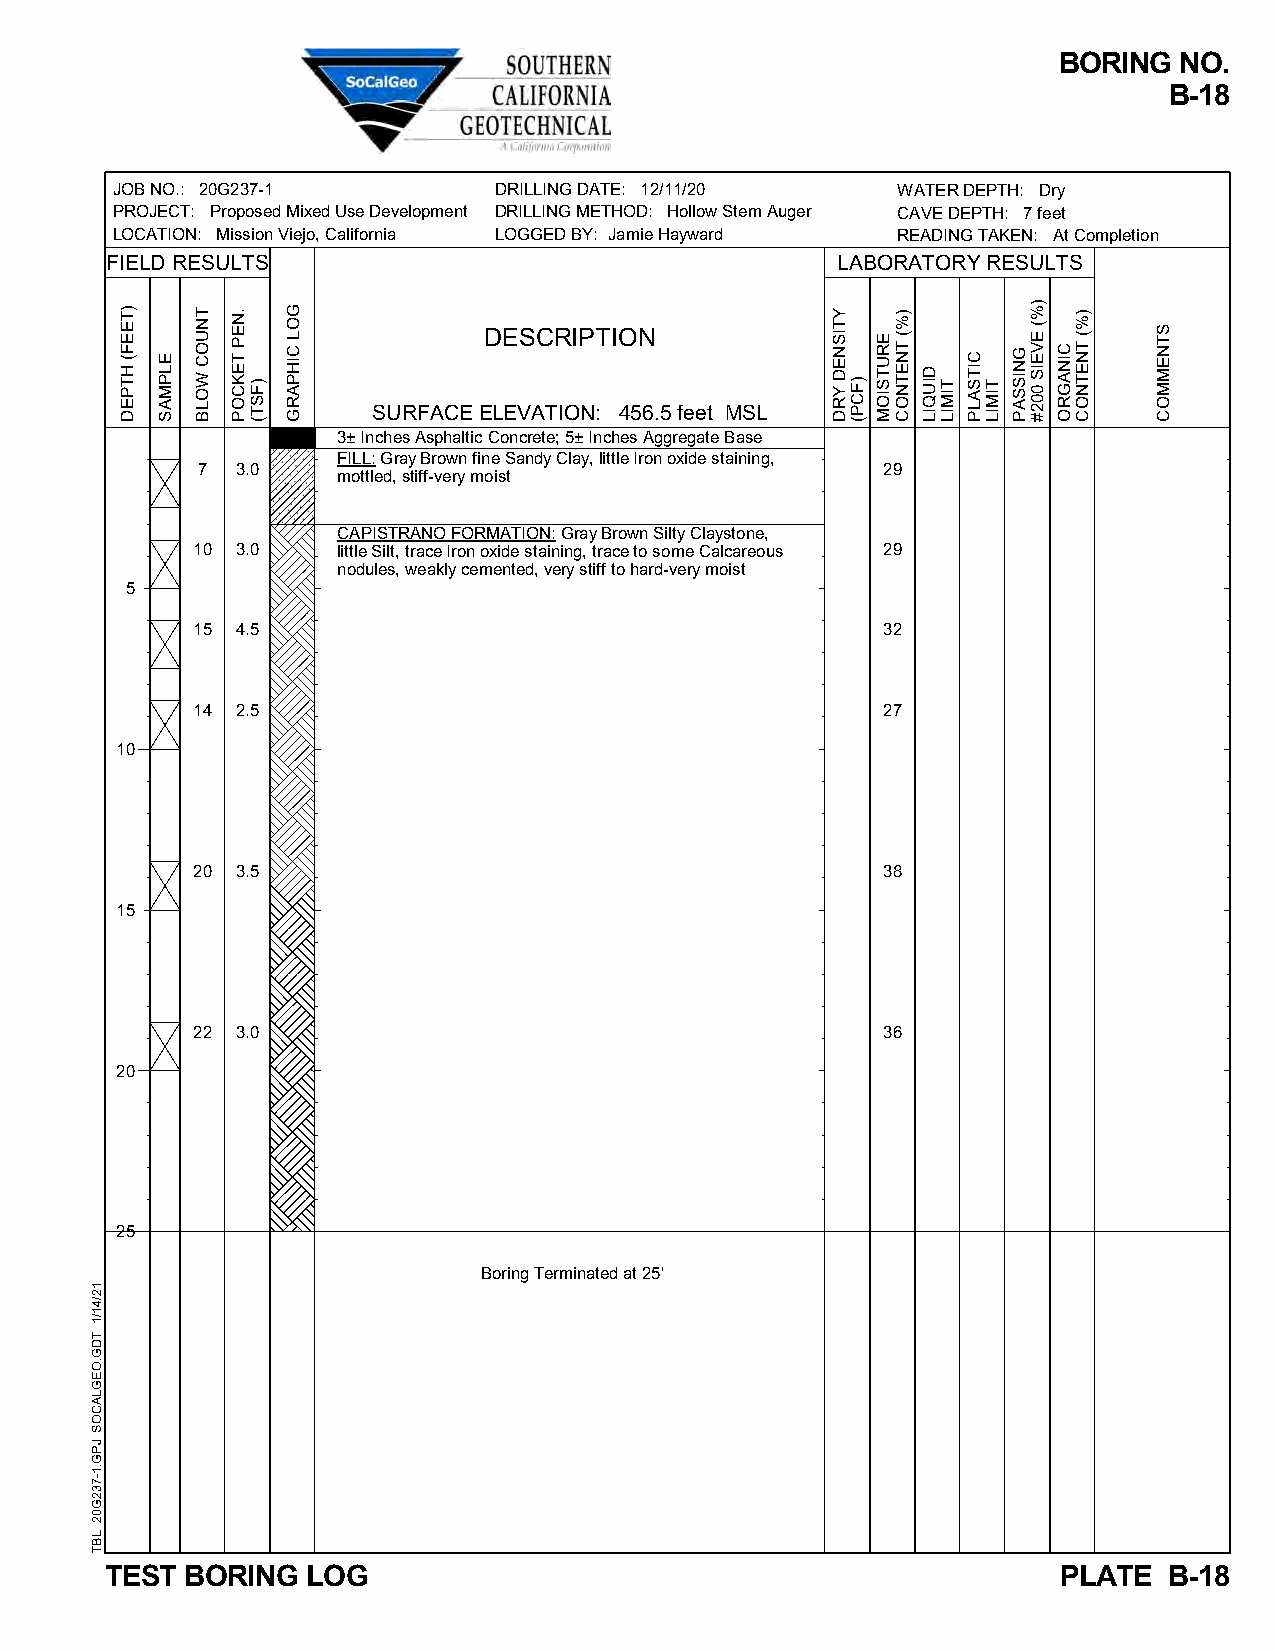
BORING  NO.
 B-18
 JOB NO.: 20G237-1         DRILLING DATE: 12/11/20   WATER DEPTH: Dry
 PROJECT: Proposed Mixed Use Development DRILLING METHOD: Hollow Stem Auger CAVE DEPTH: 7 feet
 LOCATION: Mission Viejo, California LOGGED BY: Jamie Hayward READING TAKEN: At Completion
 FIELD RESULTS                                   LABORATORY RESULTS
 DESCRIPTION
 SURFACE ELEVATION: 456.5 feet MSL
 3± Inches Asphaltic Concrete; 5± Inches Aggregate Base
 FILL: Gray Brown fine Sandy Clay, little Iron oxide staining,
 7  3.0                                       29
 mottled, stiff-very moist
 CAPISTRANO FORMATION: Gray Brown Silty Claystone,
 10 3.0   little Silt, trace Iron oxide staining, trace to some Calcareous 29
 nodules, weakly cemented, very stiff to hard-very moist
 5
 15 4.5                                       32
 14 2.5                                       27
 10
 20 3.5                                       38
 15
 22 3.0                                       36
 20
 25
 Boring Terminated at 25'
 TEST BORING  LOG                                               PLATE  B-18
 12/41/1
 TDG.OEGLACOS
 JPG.1-732G02
 LBT
 )TEEF(
 HTPED
 ELPMAS
 TNUOC
 WOLB
 .NEP
 TEKCOP
 )FST(
 GOL
 CIHPARG
 YTISNED
 YRD )FCP(
 ERUTSIOM
 )%(
 TNETNOC
 DIUQIL
 TIMIL
 CITSALP
 TIMIL
 GNISSAP
 )%(
 EVEIS
 002#
 CINAGRO
 )%(
 TNETNOC
 STNEMMOC